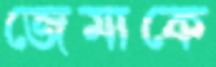
জেমাকে